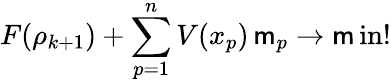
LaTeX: F(\rho_{k+1})+\sum_{p=1}^{n}V(x_{p})\, \mathsf{m}_{p}\to\operatorname*{\mathsf{m}in}!